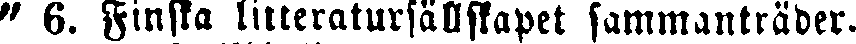
" 6. Finska litteratursällskapet sammanträder.